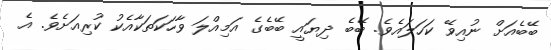
ބޭބެއަށް ނުއިވޭ ކަހަލައެވެ. ބޭބެ ދިޔައީ ބޭބެގެ އަމިއްލަ ވާހަކަތަކާއެކު ކުރިއަށެވެ. އެ